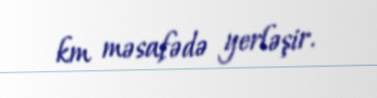
km məsafədə yerləşir.